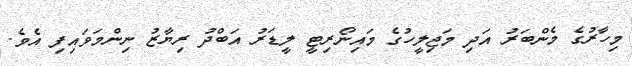
މިހާރުގެ މެންބަރު އަދި މަޖިލީހުގެ މައިނޯރިޓީ ލީޑަރު އަބްދު ރިޔާޒު ނިންމަވައިފި އެވެ.